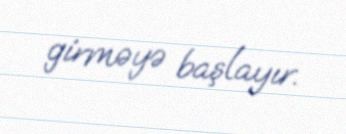
girməyə başlayır.